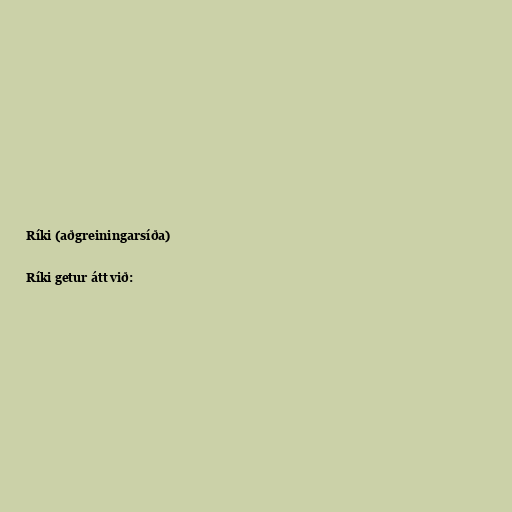
Ríki (aðgreiningarsíða)

Ríki getur átt við: